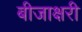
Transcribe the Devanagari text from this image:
बीजाक्षरी